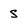
Character: S